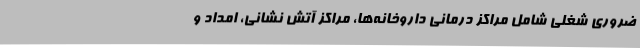
ضروری شغلی شامل مراکز درمانی داروخانه‌ها، مراکز آتش نشانی، امداد و